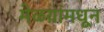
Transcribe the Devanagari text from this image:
मेळय़ांमधून